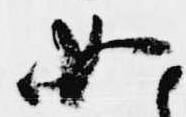
如